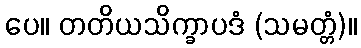
ပေ။ တတိယသိက္ခာပဒံ (သမတ္တံ)။